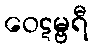
ဝေဋမ္ဗရီ